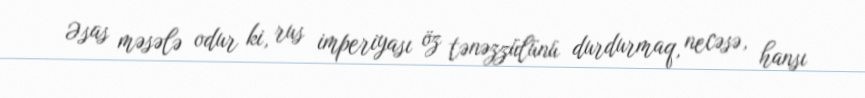
Əsas məsələ odur ki, rus imperiyası öz tənəzzülünü durdurmaq, necəsə, hansı